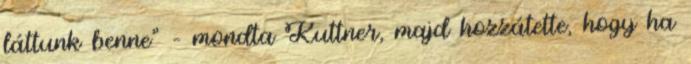
láttunk benne" – mondta Kuttner, majd hozzátette, hogy ha